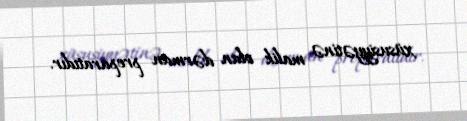
xüsusiyyətinə malik olan dərman preparatıdır.